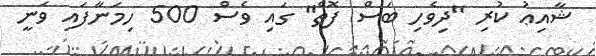
ޝާާއިޢު ކުރި "ދިވެހި ބަސް ފޮތް" ގައި ވެސް 500 ހިމަނާފައި ވަނީ